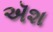
ઍશ